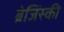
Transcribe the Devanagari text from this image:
ब्रेजिंस्की